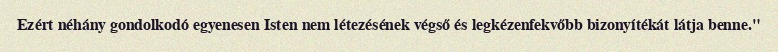
Ezért néhány gondolkodó egyenesen Isten nem létezésének végső és legkézenfekvőbb bizonyítékát látja benne."